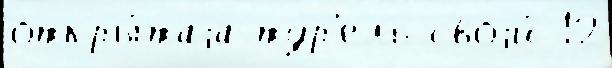
откры́таjа тур'ель своjи́ 12